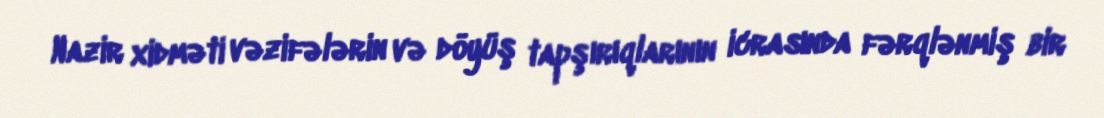
Nazir xidməti vəzifələrin və döyüş tapşırıqlarının icrasında fərqlənmiş bir